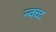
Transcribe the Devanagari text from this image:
न्क्व्द